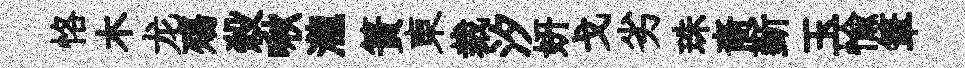
恪木龙殤殺啾瀧簣東裁汐妍戈劣珠裔斳玉愉筆